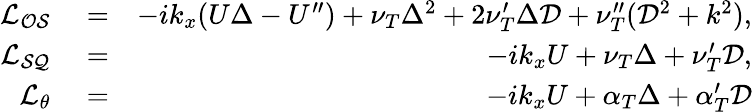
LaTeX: \begin{array}{rlr}{\mathcal{L_{OS}}}&{{}=}&{-ik_{x}(U\Delta-U^{\prime\prime})+\nu_{T}\Delta^{2}+2\nu_{T}^{\prime}\Delta\mathcal{D}+\nu_{T}^{\prime\prime}(\mathcal{D}^{2}+k^{2}),}\\ {\mathcal{L_{SQ}}}&{{}=}&{-ik_{x}U+\nu_{T}\Delta+\nu_{T}^{\prime}\mathcal{D},}\\ {\mathcal{L_{\theta}}}&{{}=}&{-ik_{x}U+\alpha_{T}\Delta+\alpha_{T}^{\prime}\mathcal{D}}\end{array}